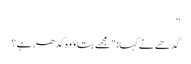
”
گدھے نے کہا: "مجھے بتاؤ وہ کدھر ہے؟